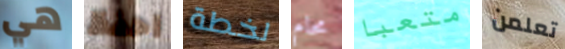
هي احفظ لخطة محام متعبا تعلمن